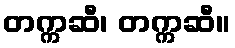
တက္ကဆီ၊ တက္ကဆီ။